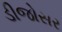
ડીજોસર